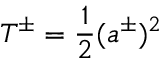
T ^ { \pm } = \frac { 1 } { 2 } ( a ^ { \pm } ) ^ { 2 }